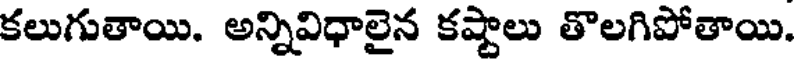
కలుగుతాయి. అన్నివిధాలైన కష్టాలు తొలగిపోతాయి.